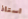
استاذ